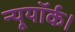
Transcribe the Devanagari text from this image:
न्यूयॉर्क।